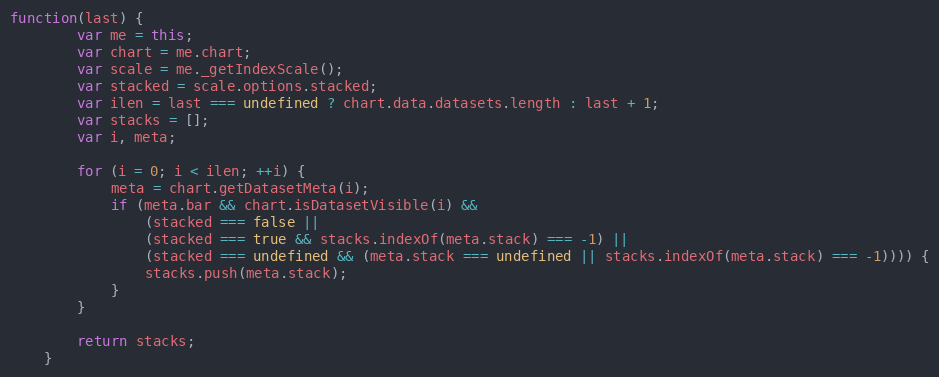
Language: JavaScript
function(last) {
		var me = this;
		var chart = me.chart;
		var scale = me._getIndexScale();
		var stacked = scale.options.stacked;
		var ilen = last === undefined ? chart.data.datasets.length : last + 1;
		var stacks = [];
		var i, meta;

		for (i = 0; i < ilen; ++i) {
			meta = chart.getDatasetMeta(i);
			if (meta.bar && chart.isDatasetVisible(i) &&
				(stacked === false ||
				(stacked === true && stacks.indexOf(meta.stack) === -1) ||
				(stacked === undefined && (meta.stack === undefined || stacks.indexOf(meta.stack) === -1)))) {
				stacks.push(meta.stack);
			}
		}

		return stacks;
	}